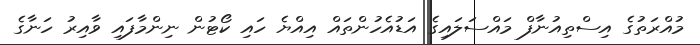
މުއްރަތުގެ އިސްތިއުނާފް މައްސަލައިގެ އަޑުއެހުންތައް އިއްޔެ ހައި ކޯޓުން ނިންމާފައި ވާއިރު ހަނާގެ